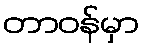
တာဝန်မှာ